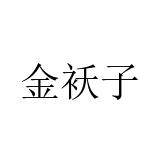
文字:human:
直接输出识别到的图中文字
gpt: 金袄子